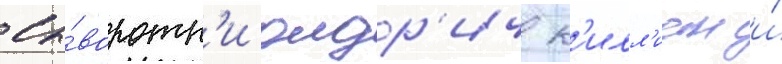
сы́воротк'и олдр'ич к'илл'иан и́